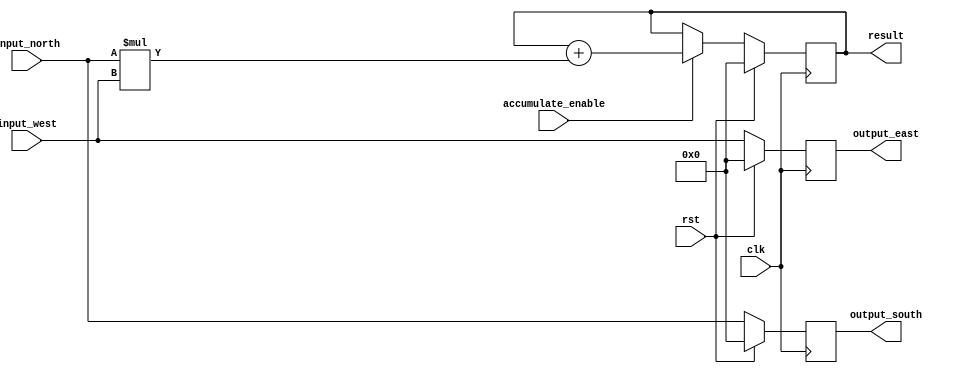
module PE #(
    parameter DATA_WIDTH=16 // 8bit inputs
) (
    input clk, rst,
    input accumulate_enable,
    input [DATA_WIDTH-1:0] input_north, input_west,
    output reg [DATA_WIDTH-1:0] output_south, output_east,
    output reg [DATA_WIDTH-1:0] result
);

    always @(posedge clk) begin
        if(rst) begin
            output_east <= 'b0;
            output_south <= 'b0;
            result <= 'b0;
        end
        else begin
            if(accumulate_enable) begin
                result <= result + input_north * input_west;
                // $display("input north is %h, input west is %h",input_north,input_west);
            end
            output_south <= input_north;
            output_east <= input_west;
        end
    end

endmodule